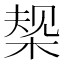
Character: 椝